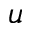
u